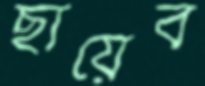
ছায়েব